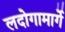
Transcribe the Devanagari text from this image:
लदोगामार्गे